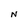
Character: N